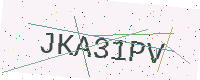
Text: JKA31PV